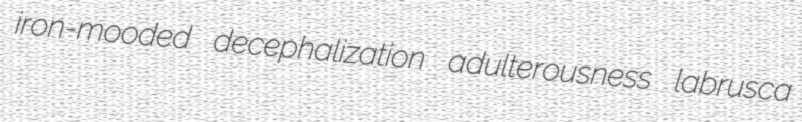
iron-mooded decephalization adulterousness labrusca